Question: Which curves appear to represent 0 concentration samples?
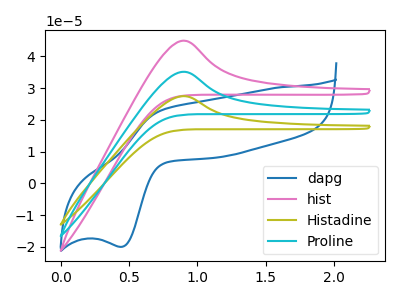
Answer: <think>The blue curve "dapg" has an anodic peak at (0.75V, 23.15uA) and a cathodic peak at (0.45V, -19.95uA). The pink curve "hist" has an anodic peak at: (0.90V, 44.95uA). The olive curve "Histadine" has an anodic peak at: (0.90V, 70.30uA). The cyan curve "Proline" has an anodic peak at: (0.90V, 35.15uA).</think>
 <answer>There are not any CV's on this graph that are likely to be blanks.</answer>
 <eval>none</eval>